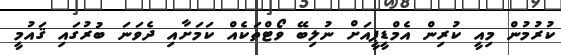
ކުރުމުން މިއީ ކުރިން އެމްޑީޕީއަށް ނުލިބޭ ވޯޓްތަކެއް ކަމަށާއި ދެވަނަ ބުރުގައި ޤައުމީ